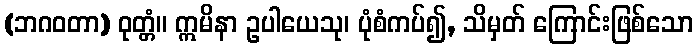
(ဘဂဝတာ) ဝုတ္တံ။ ဣမိနာ ဥပါယေသု၊ ပုံစံကပ်၍, သိမှတ် ကြောင်းဖြစ်သော